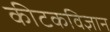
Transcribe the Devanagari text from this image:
कीटकविज्ञान